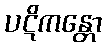
ပဋိကန္တော